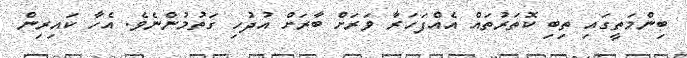
ބިންމަތީގައި ތިބި ކޮތަރުތައް އެއްފަހަރާ ވަރަށް ބާރަށް އުދުހި ގަތުމުންނެވެ. އެހާ ކައިރިން